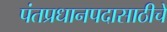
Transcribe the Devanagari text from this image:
पंतप्रधानपदासाठीचे